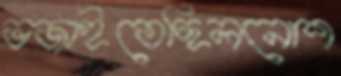
ভজাইতেছিলনোশ